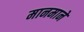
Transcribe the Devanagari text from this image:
मानमाने